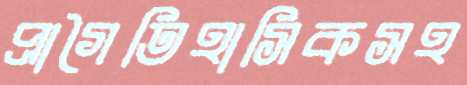
প্রাগৈতিহাসিকসহ